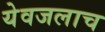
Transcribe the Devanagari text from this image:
येवजलाच